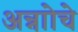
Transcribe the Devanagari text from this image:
अन्नाोचे